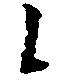
候